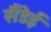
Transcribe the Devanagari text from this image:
सैंडेई